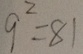
9 ^ { 2 } = 8 1